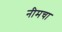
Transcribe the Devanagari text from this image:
नीमचा